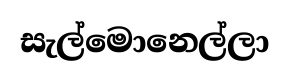
සැල්මොනෙල්ලා